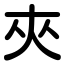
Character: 夾